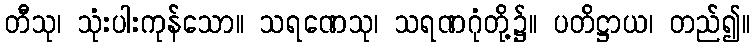
တီသု၊ သုံးပါးကုန်သော။ သရဏေသု၊ သရဏဂုံတို့၌။ ပတိဋ္ဌာယ၊ တည်၍။